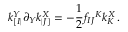
k _ { [ I | } ^ { Y } \partial _ { Y } k _ { | J ] } ^ { X } = - \frac 1 2 f _ { I J } { } ^ { K } k _ { K } ^ { X } \, .